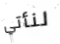
لنأتي